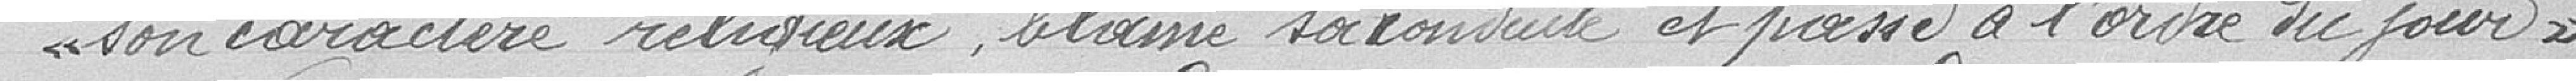
"son caractère religieux, blâme sa conduite et passe à l'ordre du jour"